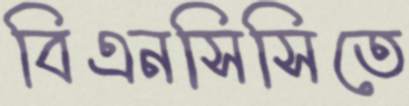
বিএনসিসিতে